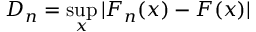
D _ { n } = \operatorname* { s u p } _ { x } | F _ { n } ( x ) - F ( x ) |